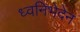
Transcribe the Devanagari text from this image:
ध्वनिभेदेन